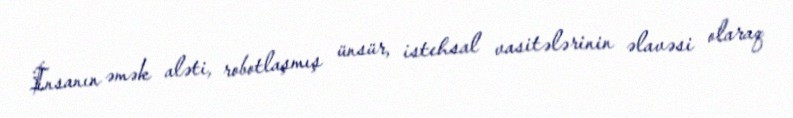
İnsanın əmək aləti, robotlaşmış ünsür, istehsal vasitələrinin əlavəsi olaraq